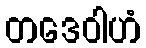
တဒေဝါဟံ